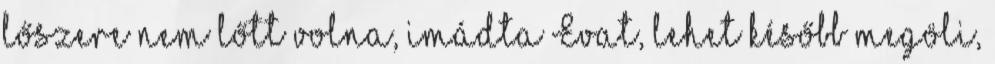
lőszere nem lőtt volna, imádta Evat, lehet később megöli,